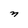
Character: n